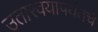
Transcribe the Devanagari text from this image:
उतारवयापर्यंतचे